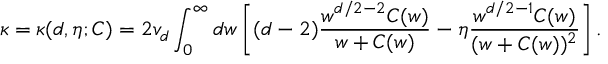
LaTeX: \kappa = \kappa ( d , \eta ; C ) = 2 v _ { d } \int _ { 0 } ^ { \infty } d w \left[ ( d - 2 ) \frac { w ^ { d / 2 - 2 } C ( w ) } { w + C ( w ) } - \eta \frac { w ^ { d / 2 - 1 } C ( w ) } { ( w + C ( w ) ) ^ { 2 } } \right] .